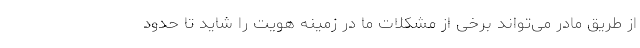
از طریق مادر می‌تواند برخی از مشکلات ما در زمینه هویت را شاید تا حدود